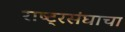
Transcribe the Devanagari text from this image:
राष्ट्रसंघाचा